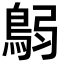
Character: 𩿴